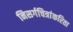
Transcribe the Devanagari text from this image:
निसर्गचित्रांकरिता